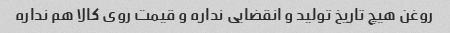
روغن هیچ تاریخ تولید و انقضایی نداره و قیمت روی کالا هم نداره